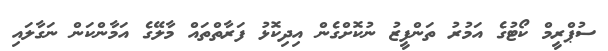
ސުޕްރީމް ކޯޓުގެ އަމުރު ތަންފީޒު ނުކޮށްގެން އިދިކޮޅު ފަރާތްތައް މާލޭގެ އަމާންކަން ނަގާލައި